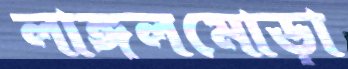
লাঙ্গলমোড়া